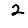
Digit: 2